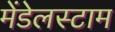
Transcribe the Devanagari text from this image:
मेंडेलस्टाम